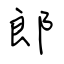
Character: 郎